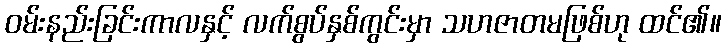
ဝမ်းနည်းခြင်းကာလနှင့် လက်စွပ်နှစ်ကွင်းမှာ သဟဇာတမဖြစ်ဟု ထင်၏။